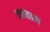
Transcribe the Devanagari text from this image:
कठताल